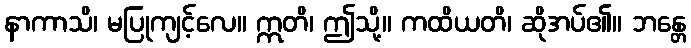
နာကာသိ၊ မပြုကျင့်လေ။ ဣတိ၊ ဤသို့။ ကထိယတိ၊ ဆိုအပ်၏။ ဘန္တေ